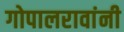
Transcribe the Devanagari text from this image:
गोपालरावांनी